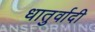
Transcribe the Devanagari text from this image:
धातुर्वादी